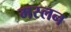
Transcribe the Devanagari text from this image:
मस्लन